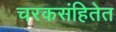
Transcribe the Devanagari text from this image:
चरकसंहितेत